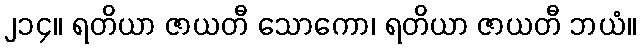
၂၁၄။ ရတိယာ ဇာယတီ သောကော၊ ရတိယာ ဇာယတီ ဘယံ။